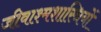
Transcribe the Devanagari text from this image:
जीवाश्मशास्त्रियों